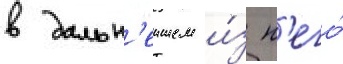
в дальн'еишем и́з н'его́